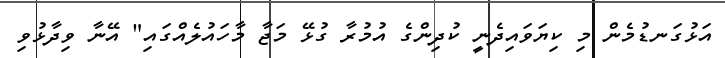
އަޅުގަނޑުމެން މި ކިޔަވައިދެނީ ކުދިންގެ އުމުރާ ގުޅޭ މަޖާ މާހައުލެއްގައި" އޭނާ ވިދާޅުވި